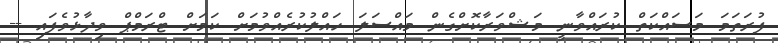
ފުރަތަމަ މަސައްކަތް ކުރައްވާނީ މަޝްވަރާކޮށްގެން މައްސަލަ ހައްލުކުރެއްވުމަށް ކަމަށް ޓްރަމްޕް ވިދާޅުވެފައި --